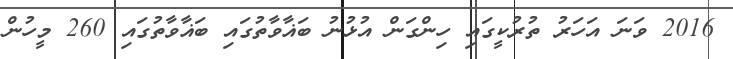
2016 ވަނަ އަހަރު ތުރުކީގައި ހިންގަން އުޅުނު ބަޣާވާތުގައި ބަޣާވާތުގައި 260 މީހުން